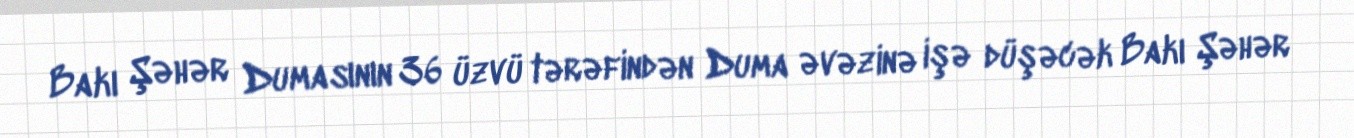
Bakı Şəhər Dumasının 36 üzvü tərəfindən Duma əvəzinə işə düşəcək Bakı Şəhər